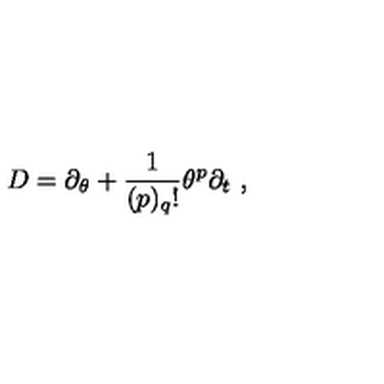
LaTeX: D = \partial _ { \theta } + \frac { 1 } { ( p ) _ { q } ! } \theta ^ { p } \partial _ { t } \ ,